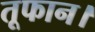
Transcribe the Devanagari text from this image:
तूफान।